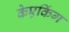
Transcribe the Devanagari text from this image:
केएकिंग